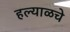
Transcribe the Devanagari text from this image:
हल्याळचे